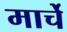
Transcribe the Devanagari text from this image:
मार्चे